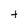
Character: t